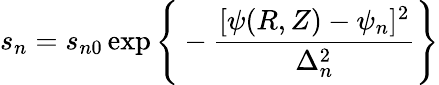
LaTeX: s_{n}=s_{n0}\exp{\Bigg\{ -\frac{[\psi(R,Z)-\psi_{n}]^{2}}{\Delta_{n}^{2}}\Bigg\} }